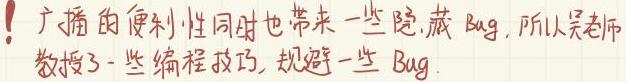
广播的便利性同时也带来一些隐藏Bug，所以吴老师教授了一些编程技巧，规避一些Bug.